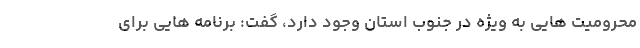
محرومیت هایی به ویژه در جنوب استان وجود دارد، گفت: برنامه هایی برای